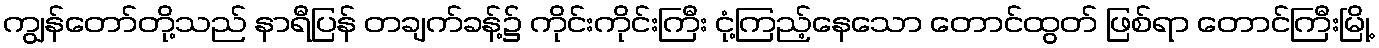
ကျွန်တော်တို့သည် နာရီပြန် တချက်ခန့်၌ ကိုင်းကိုင်းကြီး ငုံ့ကြည့်နေသော တောင်ထွတ် ဖြစ်ရာ တောင်ကြီးမြို့